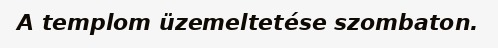
A templom üzemeltetése szombaton.